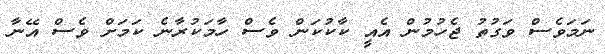
ނަމަވެސް ވަގުތު ޖެހުމުން އެއީ ކާކުކަން ވެސް ހާމަކުރާނެ ކަމަށް ވެސް އޭނާ